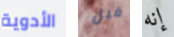
الأدوية قبل إنه